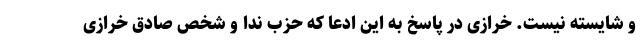
و شایسته نیست. خرازی در پاسخ به این ادعا که حزب ندا و شخص صادق خرازی